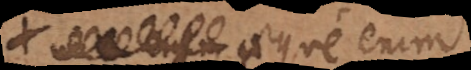
aeque enim